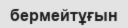
бермейтұғын